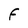
Character: F